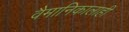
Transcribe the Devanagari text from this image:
वैमानिकालाही